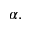
\alpha .